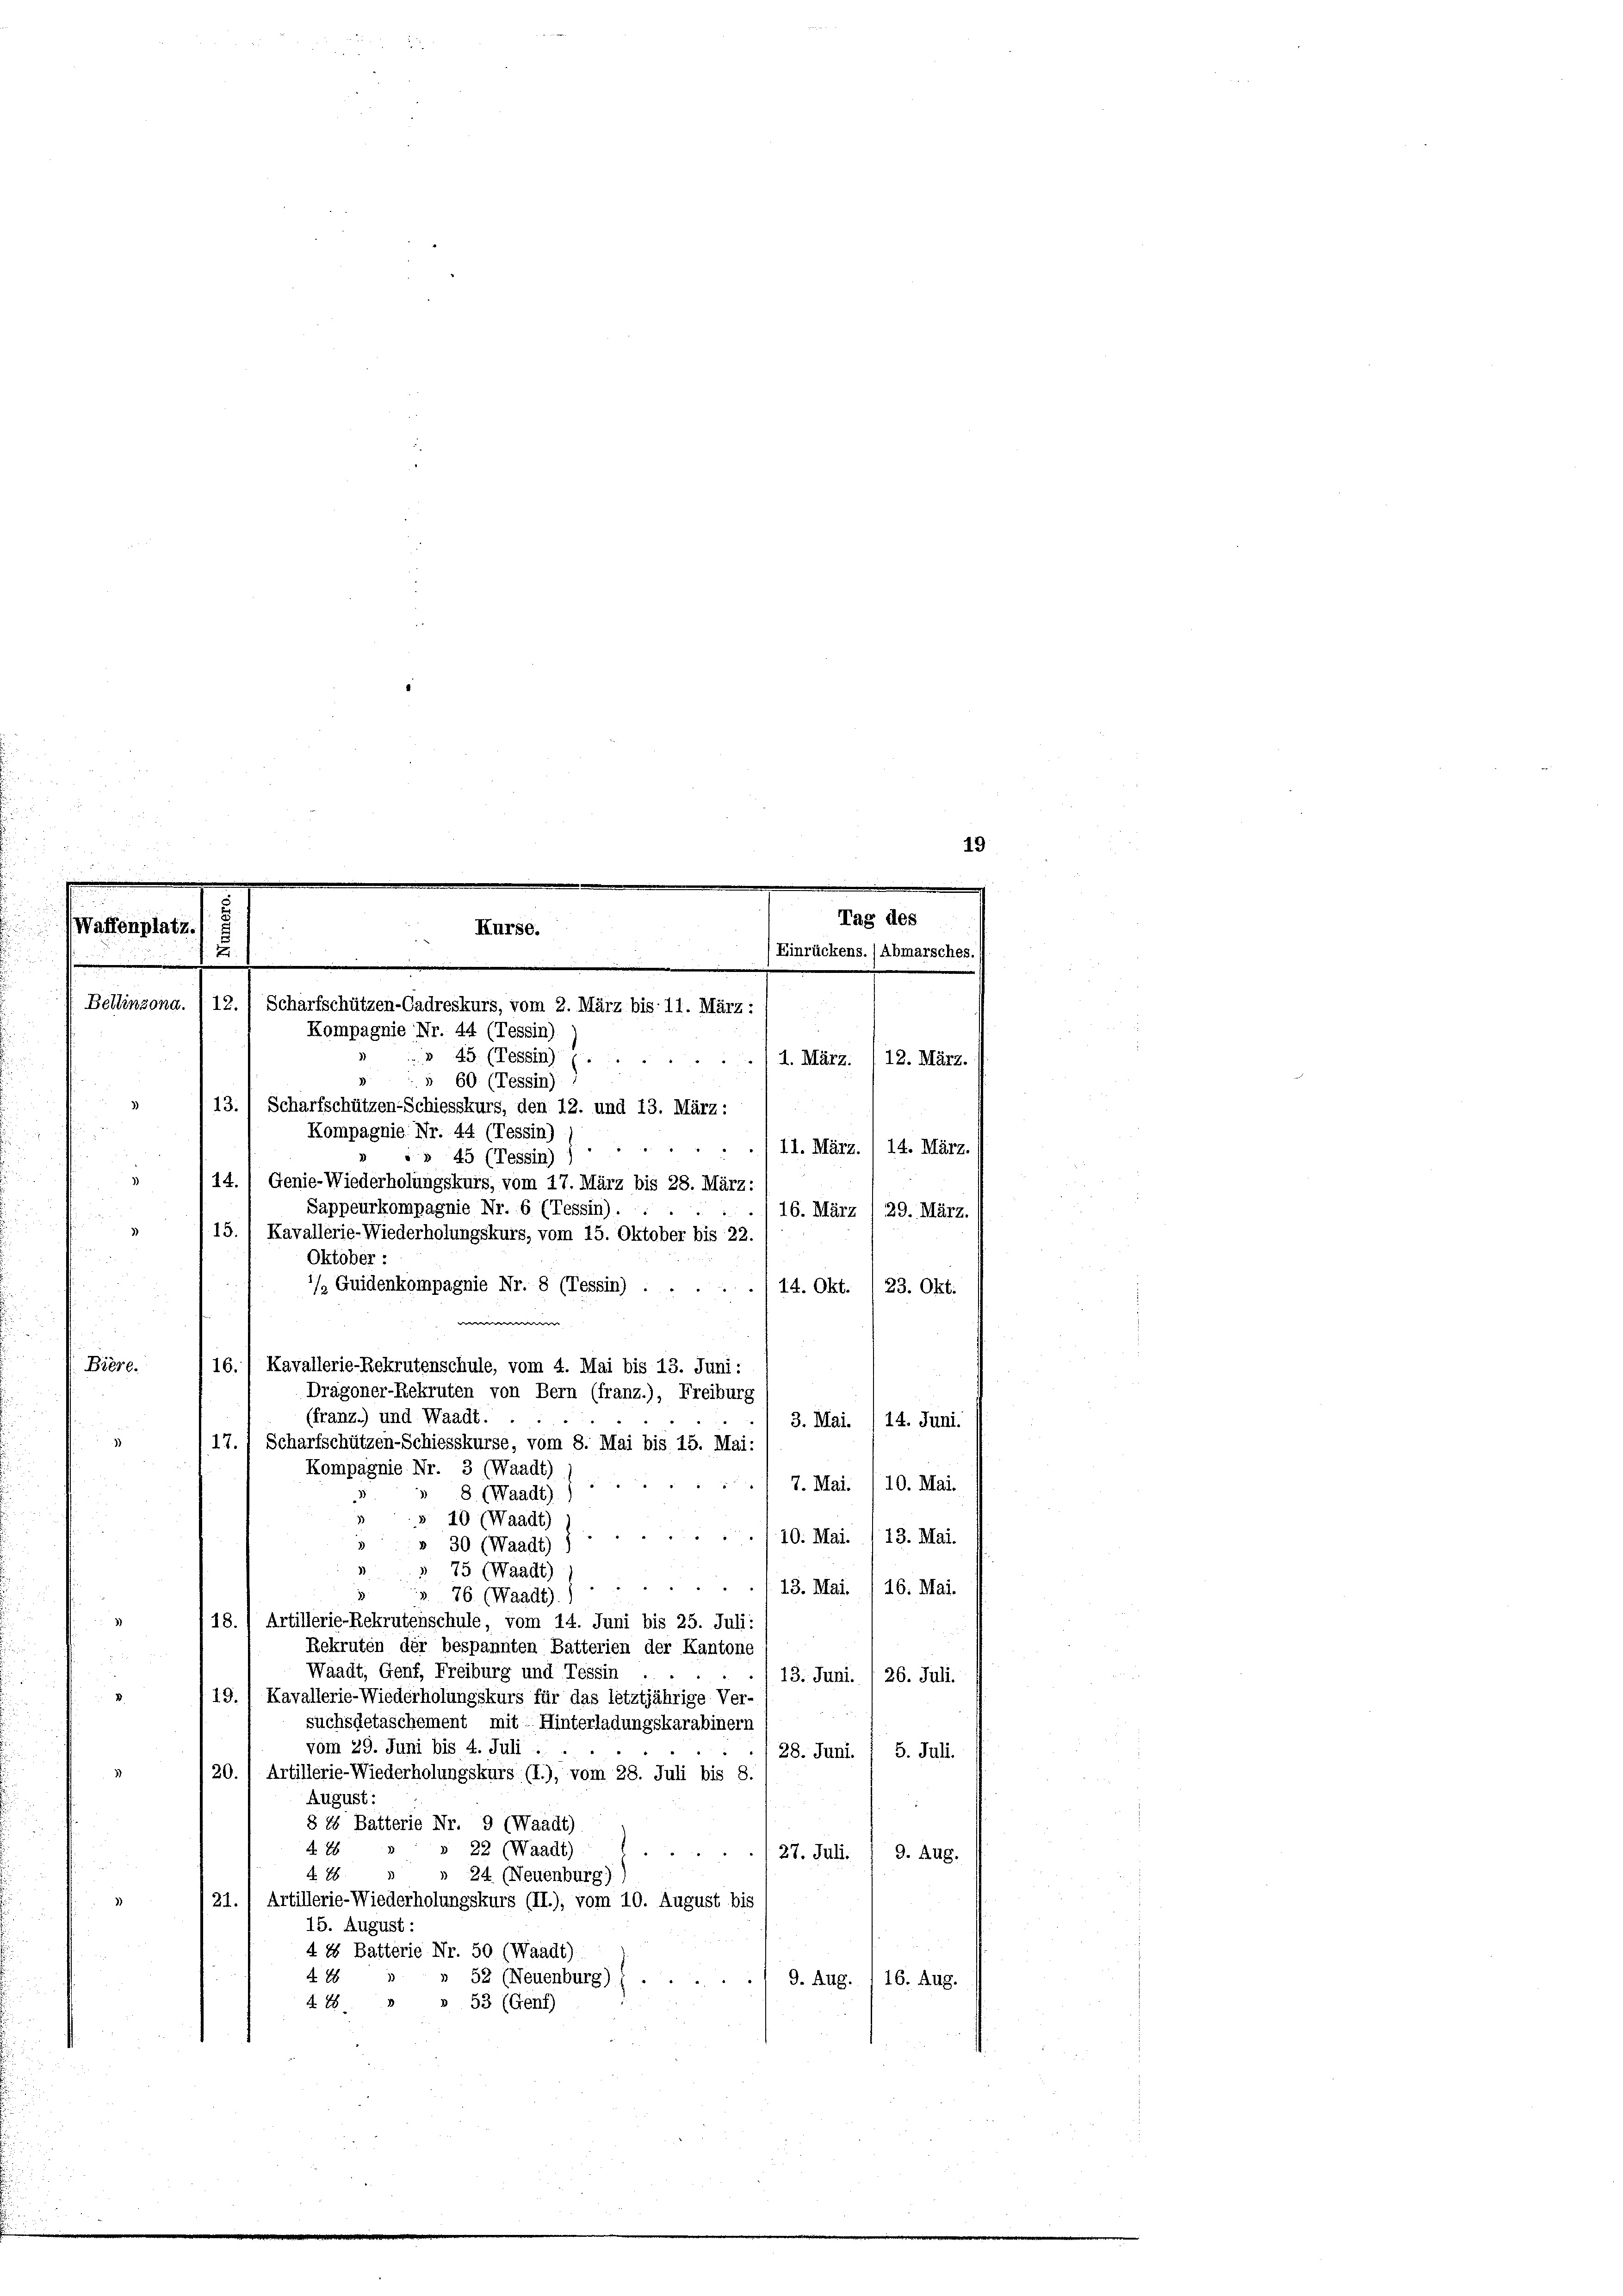
Vaffenplatz.

7

Oktober :

Kurse.
e
Bellinzona. /12.) Scharfschützen-Cadreskurs, vom 2. März bis 11. März :
Kompagnie Nr. 44 (Tessin)
45 (Tessin) p

16./ Kavallerie-Rekrutenschule, vom 4. Mai bis 13. Juni:
Dragoner-Rekruten von Bern (franz.), Freiburg

Tag des
(Einrückens. / Abmarsches.
u
1. März. I 12. März.

19

§ 60 (Tessin)
3)
13. 1 Scharfschützen-Schiesskurs, den 12. und 13. März :
Kompagnie Nr. 44 (Tessin)
.
s» 45 (Tessin) (...) 11. März. I 14. März.
14., Genie-Wiederholungskurs, vom 17. März bis 28. März:
Sappeurkompagnie Nr. 6 (Tessin). :
16. März /29. März.
 15. ( Kavallerie-Wiederholungskurs, vom 15. Oktober bis 22.
/ Guidenkompagnie Nr. 8 (Tessin)
14. Okt./23. Okt.
e
Biere.
(franz.) und Waadt.
3. Mai. /14. Juni.
17.) Scharfschützen-Schiesskurse, vom 8. Mai bis 15. Mai
Kompagnie Nr. 3 (Waadt)

 7. Mai. /10. Mai.
8 (Waadt)
10 (Waadt)
e
10. Mai. 113. Mai.
30 (Waadt)
75 (Waadt)
“
13. Mai. / 16. Mai.
» 76 (Waadt).
18.) Artillerie-Rekrutenschule, vom 14. Juni bis 25. Juli:
Rekruten der bespannten Batterien der Kantone
Waadt, Genf, Freiburg und Tessin
26. Juli.
13. Juni.
D
 19. 1 Kavallerie-Wiederholungskurs für das letztjährige Ver-
suchsgetaschement, mit Hinterladungskarabinern
vom 29. Juni bis 4. Juli
28. Juni. / 5. Juli.
20.) Artillerie-Wiederholungskurs (I.), vom 28. Juli bis 8.
August:
§ 18 Batterie Nr. 9 (Waadt)
4. 28
22 (Waadt)
27. Juli. 1 9. Aug.
4 18
24 (Neuenburg),
31. 1 Artillerie-Wiederholungskurs (II.), vom 10. August bis
15. August :
4 15 Batterie Nr. 50 (Waadt)
428
» 52 (Neuenburg) (
9. Aug. / 16. Aug.
428 " " 53 (Genf)